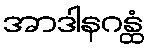
အာဒါနဂန္ထံ